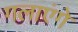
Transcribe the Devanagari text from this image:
गलाएंगे